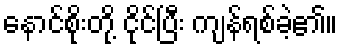
နောင်စိုးတို့ ငိုင်ပြီး ကျန်ရစ်ခဲ့၏။